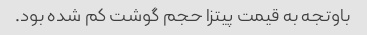
باوتجه به قیمت پیتزا حجم گوشت کم شده بود.